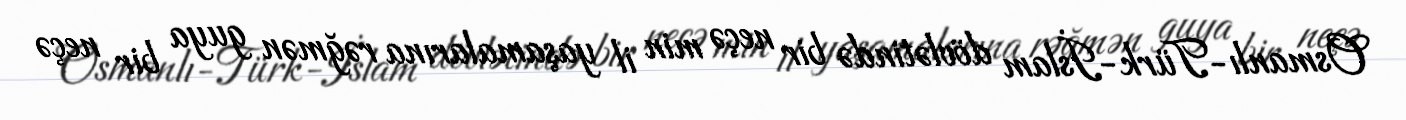
Osmanlı-Türk-İslam dövlətində bir neçə min il yaşamalarına rəğmən guya bir neçə